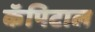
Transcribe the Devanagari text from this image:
कॅपिटाल